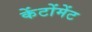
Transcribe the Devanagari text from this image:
केंटोंमेंट